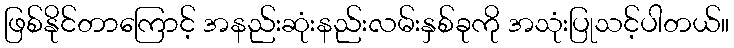
ဖြစ်နိုင်တာကြောင့် အနည်းဆုံးနည်းလမ်းနှစ်ခုကို အသုံးပြုသင့်ပါတယ်။